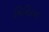
મિનિટના